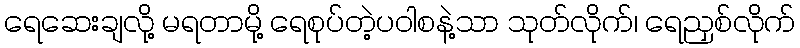
ရေဆေးချလို့ မရတာမို့ ရေစုပ်တဲ့ပဝါစနဲ့သာ သုတ်လိုက်၊ ရေညှစ်လိုက်